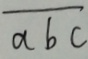
\overline { a b c }